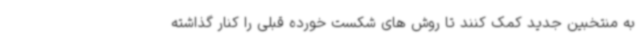
به منتخبین جدید کمک کنند تا روش های شکست خورده قبلی را کنار گذاشته